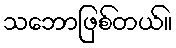
သဘောဖြစ်တယ်။